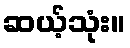
ဆယ့်သုံး။